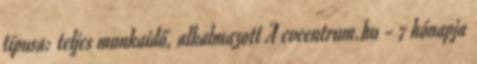
típusa: teljes munkaidő, alkalmazott A cvcentrum.hu - 7 hónapja